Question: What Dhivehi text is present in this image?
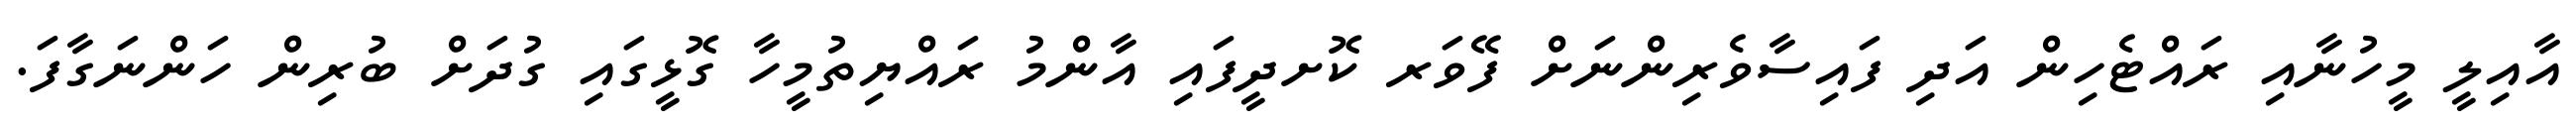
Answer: އާއިލީ މީހުނާއި ރައްޓެހިން އަދި ފައިސާވެރިންނަށް ފޭވަރ ކޮށދީފައި އާންމު ރައްޔިތުމީހާ ގޮޅީގައި ގުދަށް ބުރިން ހަންނަގާފަ.